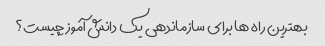
بهترین راه ها برای سازماندهی یک دانش آموز چیست؟